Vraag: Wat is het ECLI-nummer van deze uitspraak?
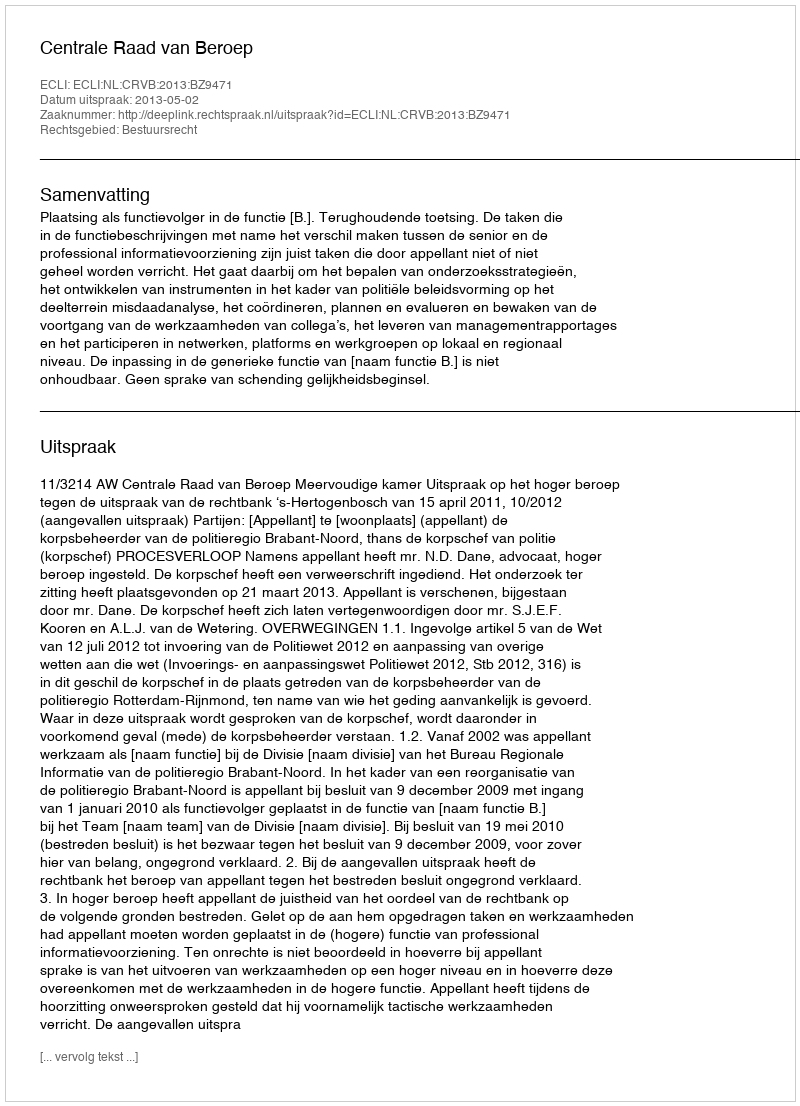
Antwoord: ECLI:NL:CRVB:2013:BZ9471